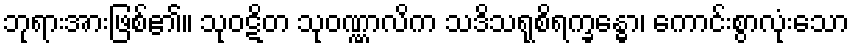
ဘုရားအားဖြစ်၏။ သုဝဋိတ သုဝဏ္ဏာလိက သဒိသရုစိရက္ခန္ဓော၊ ကောင်းစွာလုံးသော